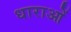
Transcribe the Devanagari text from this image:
धाराआें